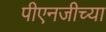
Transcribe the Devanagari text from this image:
पीएनजीच्या